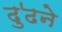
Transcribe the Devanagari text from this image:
ढु॑ढने